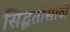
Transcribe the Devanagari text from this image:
सिद्धतांसाठी